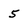
Character: 5